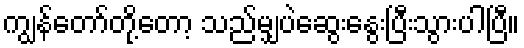
ကျွန်တော်တို့တော့ သည်မျှပဲဆွေးနွေးပြီးသွားပါပြီ။